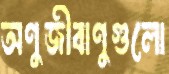
অণুজীবাণুগুলো